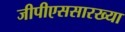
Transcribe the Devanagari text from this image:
जीपीएससारख्या